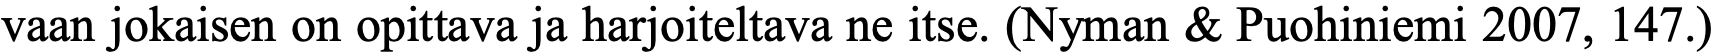
vaan jokaisen on opittava ja harjoiteltava ne itse. (Nyman & Puohiniemi 2007, 147.)